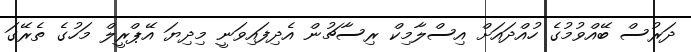
ދަރުސް ބޭއްވުމުގެ ހުއްދައަށް އިސްލާމިކް ރިސާޗުން އެދިފައިވަނީ މިދިޔަ އޭޕްރީލް މަހުގެ ތެރޭގަ